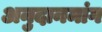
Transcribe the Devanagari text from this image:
अनुदानमांग